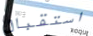
استقبال